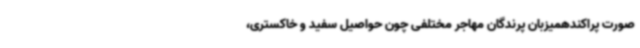
صورت پراکندهمیزبان پرندگان مهاجر مختلفی چون حواصیل سفید و خاکستری،